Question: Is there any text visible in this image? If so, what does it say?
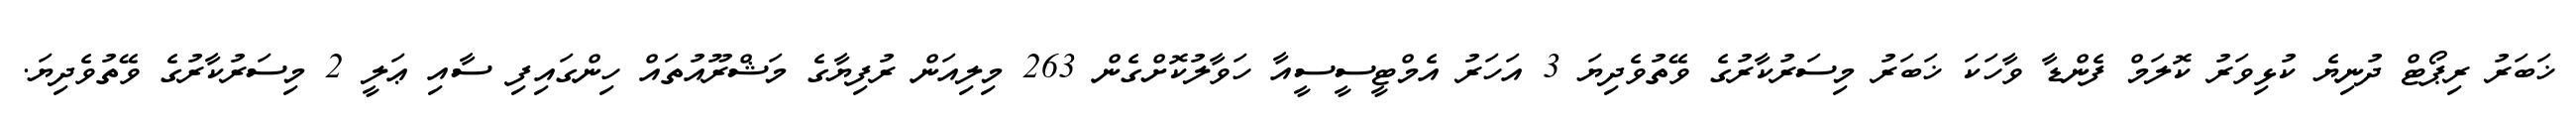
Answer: ޚަބަރު ރިޕޯޓް ދުނިޔެ ކުޅިވަރު ކޮލަމް ފެންޑާ ވާހަކަ ޚަބަރު މިސަރުކާރުގެ ވޭތުވެދިޔަ 3 އަހަރު އެމްޓީސީސީއާ ހަވާލުކޮށްގެން 263 މިލިއަން ރުފިޔާގެ މަޝްރޫއުތައް ހިންގައިފި ސާއި ޢަލީ 2 މިސަރުކާރުގެ ވޭތުވެދިޔަ.